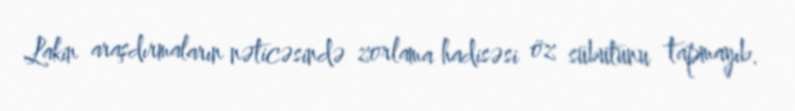
Lakin araşdırmaların nəticəsində zorlama hadisəsi öz sübutunu tapmayıb.